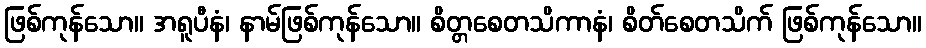
ဖြစ်ကုန်သော။ အရူပီနံ၊ နာမ်ဖြစ်ကုန်သော။ စိတ္တစေတသိကာနံ၊ စိတ်စေတသိက် ဖြစ်ကုန်သော။